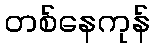
တစ်နေကုန်